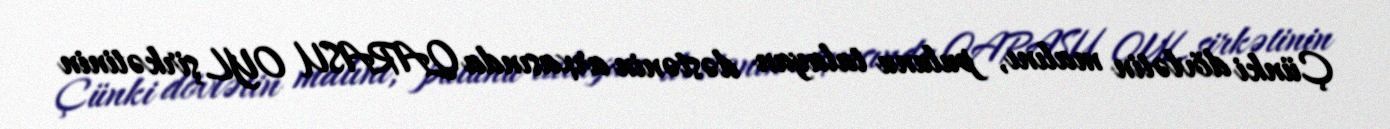
Çünki dövlətin malını, pulunu talayan dəstənin arxasında QARASU OYL şirkətinin